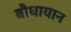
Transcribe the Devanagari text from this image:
बौधायान